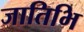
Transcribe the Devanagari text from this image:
जातिभि